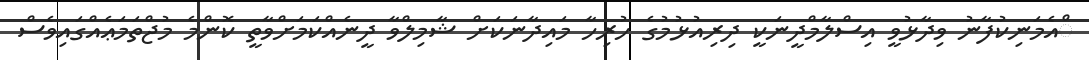
ްއެމަނިކުފާނު ވިދާޅުވީ އިސްލާމްދީނަކީ ދިރިއުޅުމުގެ ހުރިހާ މައިދާނަކަށް ޝާމިލްވާ ދީނެއްކަމަށްވާތީ ކޮންމެ މުޖްތަމަޢެއްގައިވެސް